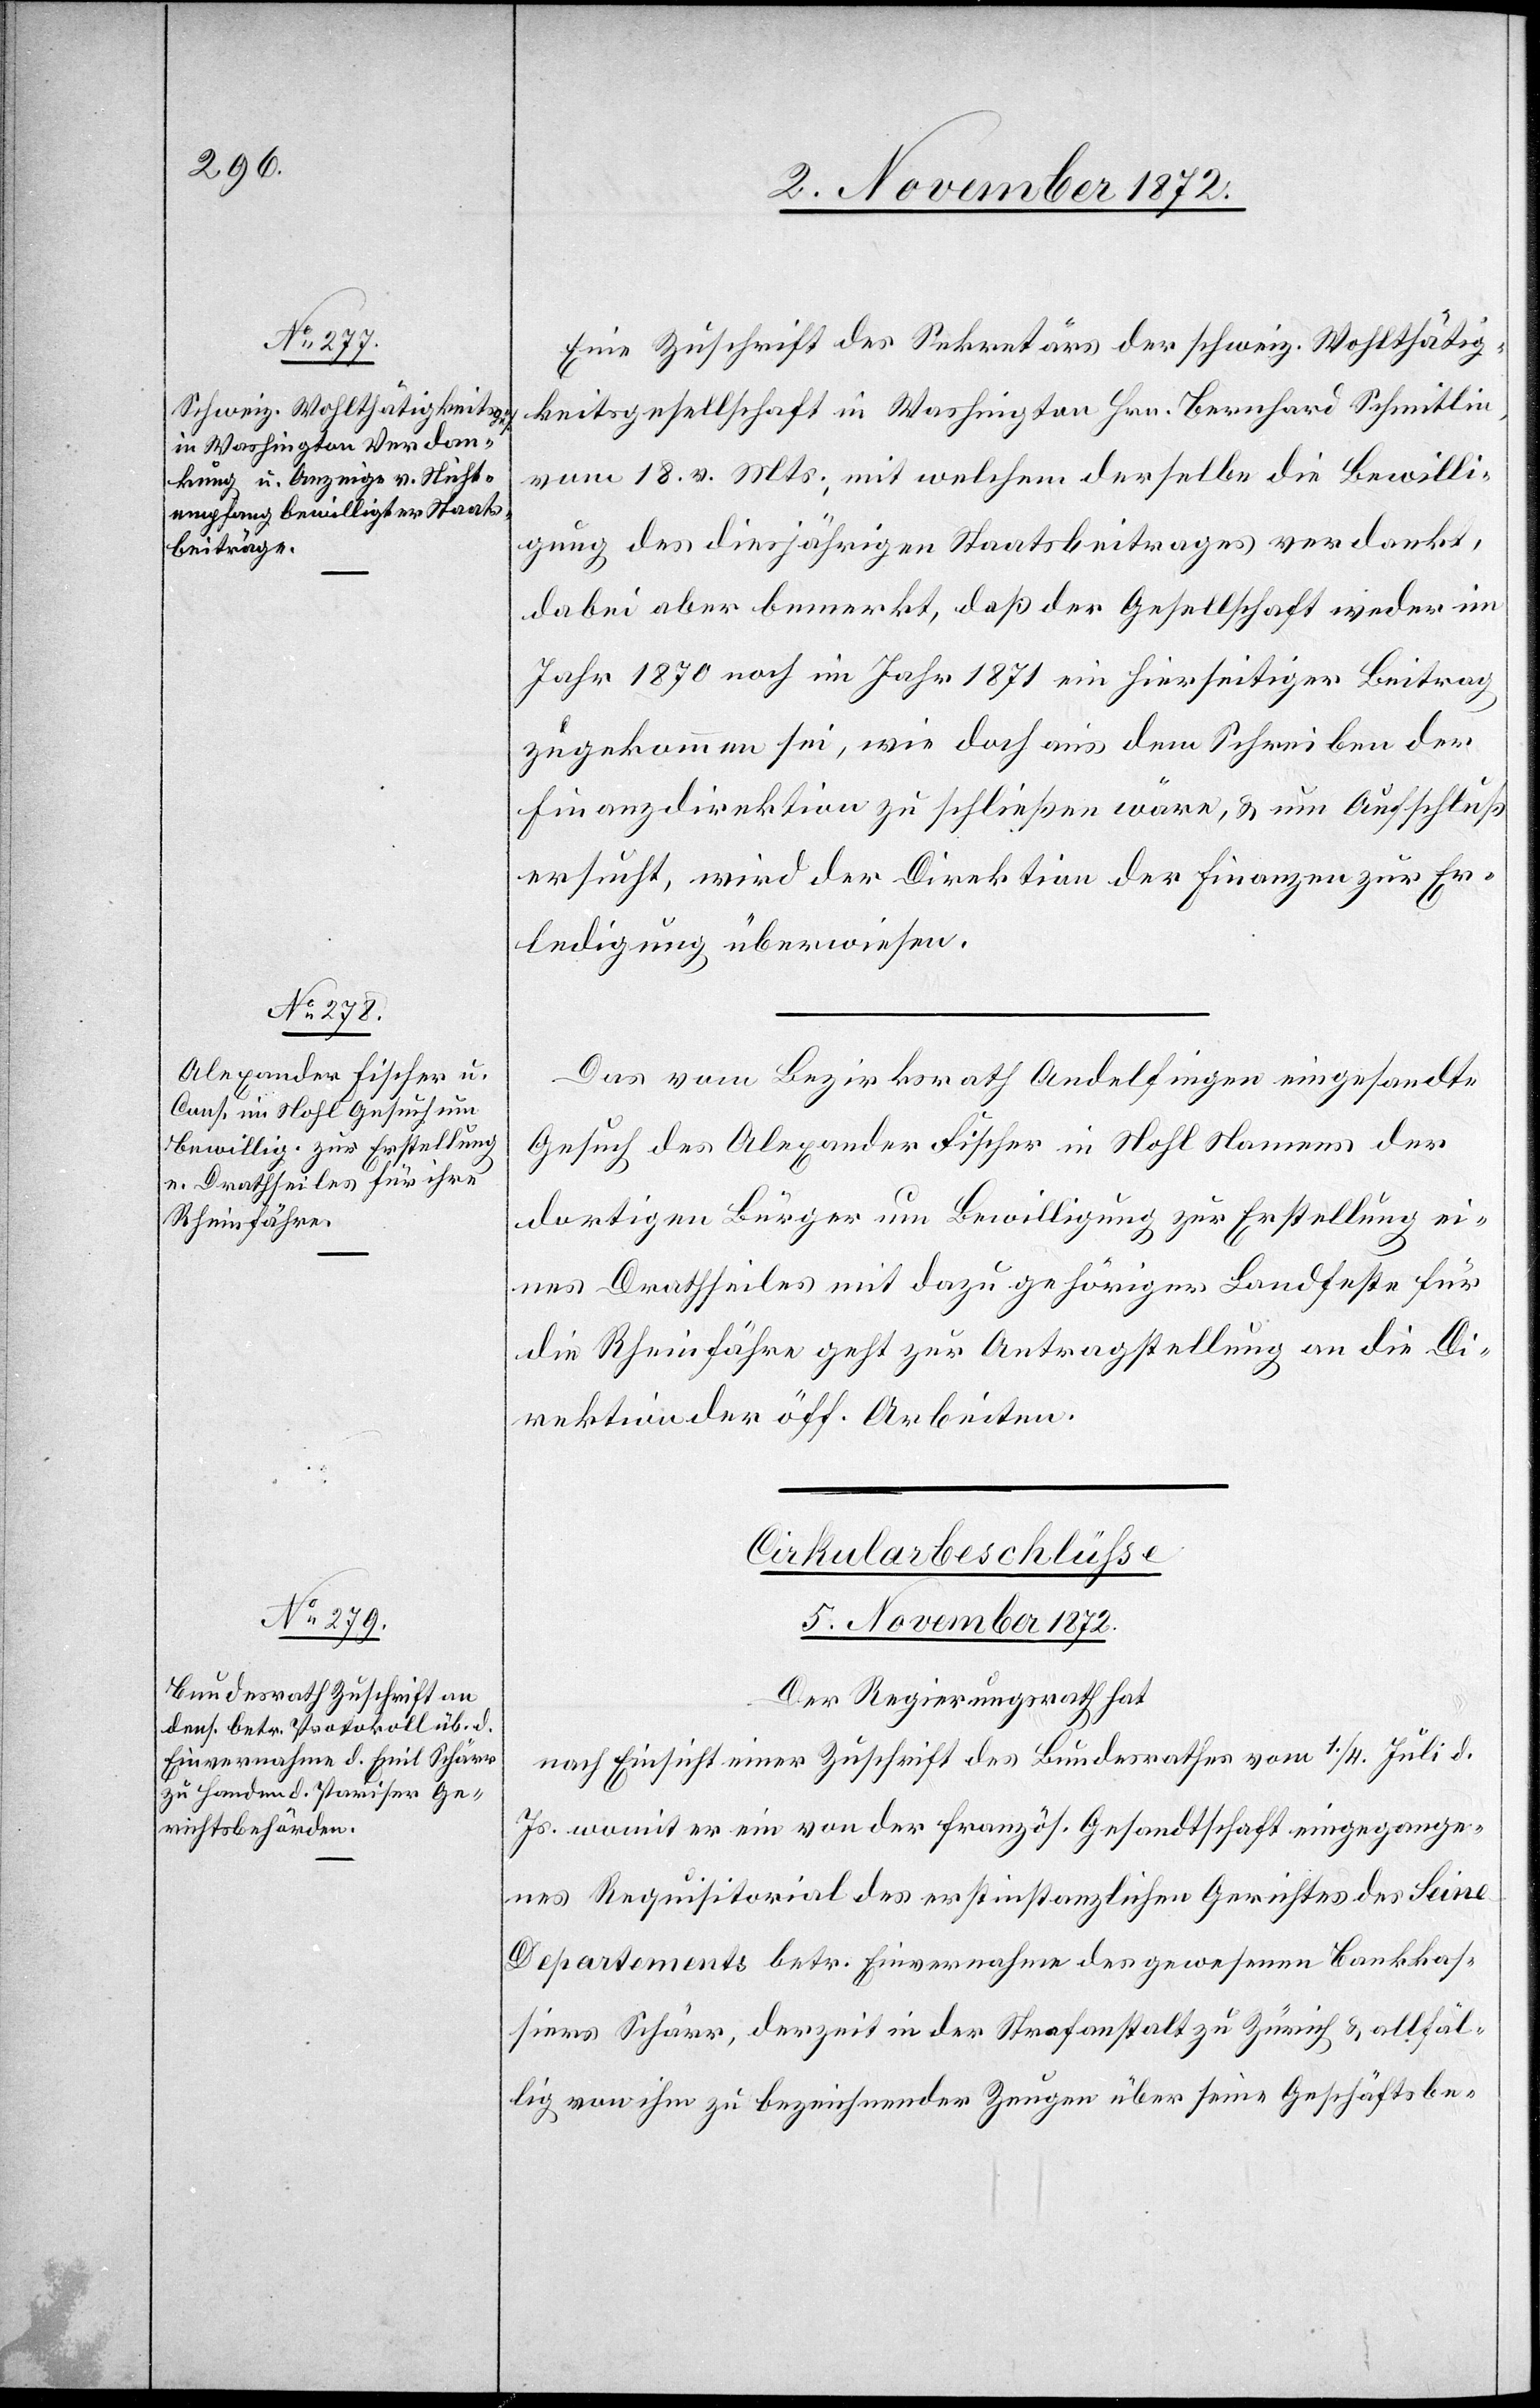
5. November 1872.
Eine Zuschrift des Sekretärs der schweiz. Wohlthätig¬
keitsgesellschaft in Washington Hrn. Bernhard Schmitlin,
vom 18. v. Mts., mit welcher derselbe die Bewilli¬
gung des diesjährigen Staatsbeitrages verdankt,
dabei aber bemerkt, daß der Gesellschaft weder im
Jahr 1870 noch im Jahr 1871 ein hierseitiger Beitrag
zugekommen sei, wie doch aus dem Schreiben der
Finanzdirektion zu schließen wäre, u. um Aufschluß
ersucht, wird der Direktion der Finanzen zur Er¬
ledigung überwiesen.
Das vom Bezirksrath Andelfingen eingesandte
Gesuch des Alexander Fischer in Nohl Namens der
dortigen Bürger um Bewilligung zur Erstellung ei¬
nes Drathseiles mit dazu gehöriger Landfeste für
die Rheinfähre geht zur Antragstellung an die Di¬
rektion der öff. Arbeiten.
Cirkularbeschlüsse
Der Regierungsrath hat
nach Einsicht einer Zuschrift des Bundesrathes vom 1./4. Juli d.
Js. womit er ein von der französ. Gesandtschaft eingegange¬
nes Requisitorial des erstinstanzlichen Gerichtes des Seine
Departements betr. Einvernahme des gewesenen Bankkas¬
siers Schärr, derzeit in der Strafanstalt zu Zürich u. allfäl¬
lig von ihm zu bezeichnender Zeugen über seine Geschäftsbe-